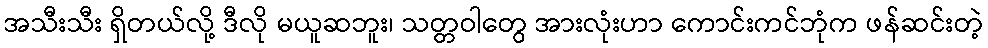
အသီးသီး ရှိတယ်လို့ ဒီလို မယူဆဘူး၊ သတ္တဝါတွေ အားလုံးဟာ ကောင်းကင်ဘုံက ဖန်ဆင်းတဲ့